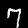
Digit: 7